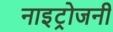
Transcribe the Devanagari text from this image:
नाइट्रोजनी